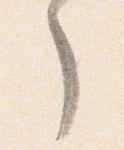
了